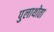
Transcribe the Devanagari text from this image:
पुलाथोता